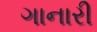
ગાનારી